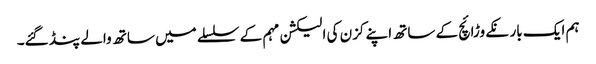
ہم ایک بار نکے وڑائچ کے ساتھ اپنے کزن کی الیکشن مہم کے سلسلے میں ساتھ والے پنڈ گئے۔